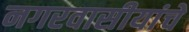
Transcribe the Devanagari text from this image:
नगरवासीयांचे